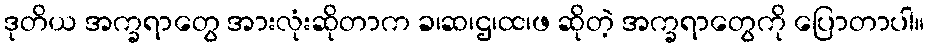
ဒုတိယ အက္ခရာတွေ အားလုံးဆိုတာက ခ၊ဆ၊ဌ၊ထ၊ဖ ဆိုတဲ့ အက္ခရာတွေကို ပြောတာပါ။